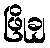
ဖြိုချ